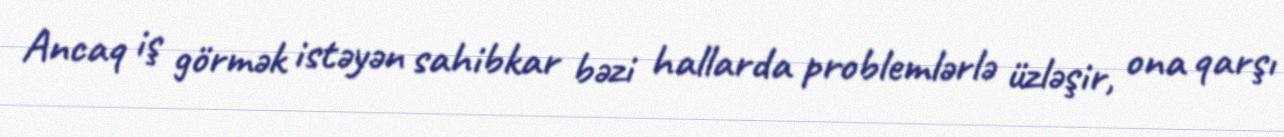
Ancaq iş görmək istəyən sahibkar bəzi hallarda problemlərlə üzləşir, ona qarşı